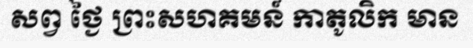
សព្វ ថ្ងៃ ព្រះសហគមន៍ កាតូលិក មាន